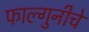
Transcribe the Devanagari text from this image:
फाल्गुनीचे